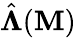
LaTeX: \hat{\boldsymbol{\Lambda}}(\mathbf{M})